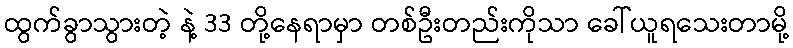
ထွက်ခွာသွားတဲ့ နဲ့ 33 တို့နေရာမှာ တစ်ဦးတည်းကိုသာ ခေါ်ယူရသေးတာမို့